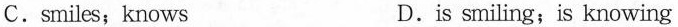
C.smiles；knows D.is smiling；is knowing